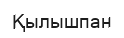
Қылышпан